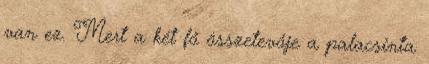
van ez. Mert a két fő összetevője a palacsinta